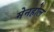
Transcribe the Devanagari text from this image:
मेनहोल